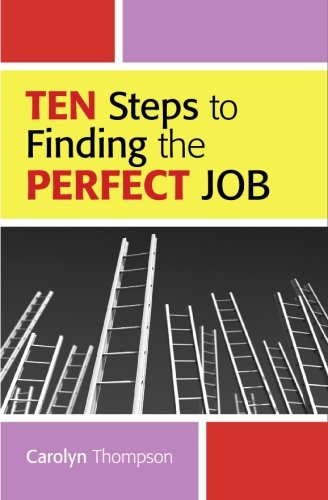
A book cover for Ten Steps To Finding The Perfect Job; Carolyn Thompson; Reference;